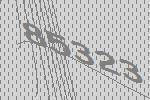
85323